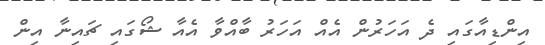
އިންޑިއާގައި ދެ އަހަރުން އެއް އަހަރު ބާއްވާ އެއާ ޝޯގައި ޗައިނާ އިން